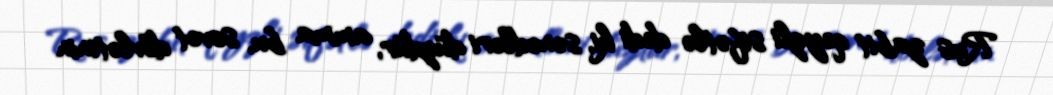
Rus zabit qeyzli sifətlə dedi ki, sənədləri düzdür, amma bu, sovet dövlətinin